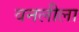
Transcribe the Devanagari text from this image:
वनलीला